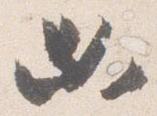
必